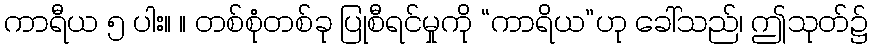
ကာရီယ ၅ ပါး။ ။ တစ်စုံတစ်ခု ပြုစီရင်မှုကို “ကာရိယ”ဟု ခေါ်သည်၊ ဤသုတ်၌